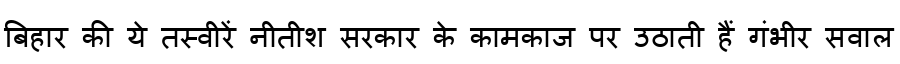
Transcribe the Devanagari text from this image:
बिहार की ये तस्वीरें नीतीश सरकार के कामकाज पर उठाती हैं गंभीर सवाल